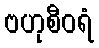
ဗဟုစီဝရံ